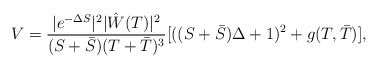
\begin{align*}V= \frac{|e^{-\Delta S}|^2 |\hat W(T)|^2}{(S + \bar S)(T+\bar T)^3}[((S+\bar S)\Delta +1)^2 + g(T,\bar T)],\end{align*}